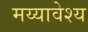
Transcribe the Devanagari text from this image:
मय्यावेश्य